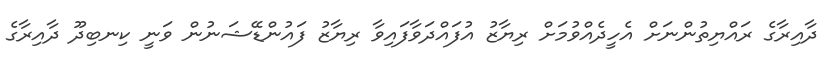
ދާއިރާގެ ރައްޔިތުންނަށް އެހީދެއްވުމަށް ރިޔާޒު އުފައްދަވާފައިވާ ރިޔާޒު ފައުންޑޭޝަނުން ވަނީ ކިނބިދޫ ދާއިރާގެ